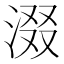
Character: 涰